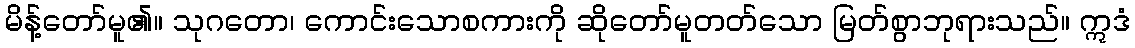
မိန့်တော်မူ၏။ သုဂတော၊ ကောင်းသောစကားကို ဆိုတော်မူတတ်သော မြတ်စွာဘုရားသည်။ ဣဒံ